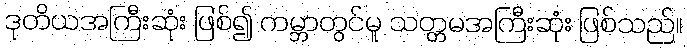
ဒုတိယအကြီးဆုံး ဖြစ်၍ ကမ္ဘာတွင်မူ သတ္တမအကြီးဆုံး ဖြစ်သည်။